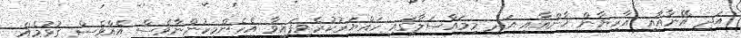
އަދި އޭނާއާއި އާރިޔާން ޚާންއާއި އަދި މިމައްސަލާގައި ހައްޔަރުކުރެވިފައިވާ އެހެންމީހުންނާވެސް އެއްވެސް ގުޅުމެއް